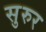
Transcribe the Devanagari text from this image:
सुरुर